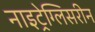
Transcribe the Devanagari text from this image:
नाइट्रेग्लिसरीन